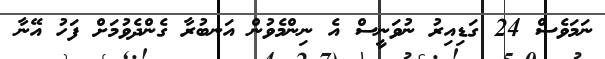
ނަމަވެސް 24 ގަޑިއިރު ނުވަނީސް އެ ނިންމެވުން އަނބުރާ ގެންދެވުމަށް ފަހު އޭނާ